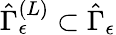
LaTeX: \hat{\Gamma}_{\epsilon}^{\left(L\right)}\subset\hat{\Gamma}_{\epsilon}